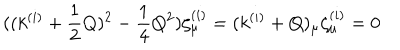
( ( k ^ { ( i ) } + \frac { 1 } { 2 } Q ) ^ { 2 } - \frac { 1 } { 4 } Q ^ { 2 } ) \zeta _ { \mu } ^ { ( i ) } = ( k ^ { ( i ) } + Q ) _ { \mu } \zeta _ { \mu } ^ { ( i ) } = 0